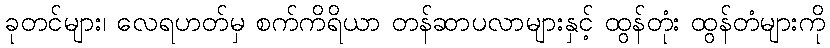
ခုတင်များ၊ လေရဟတ်မှ စက်ကိရိယာ တန်ဆာပလာများနှင့် ထွန်တုံး ထွန်တံများကို